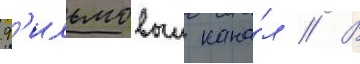
ф'ильмовыи кана́л // В